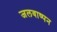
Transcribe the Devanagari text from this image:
जलवाष्पन